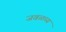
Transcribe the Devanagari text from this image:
जवळच्य